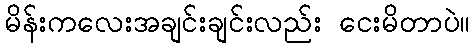
မိန်းကလေးအချင်းချင်းလည်း ငေးမိတာပဲ။